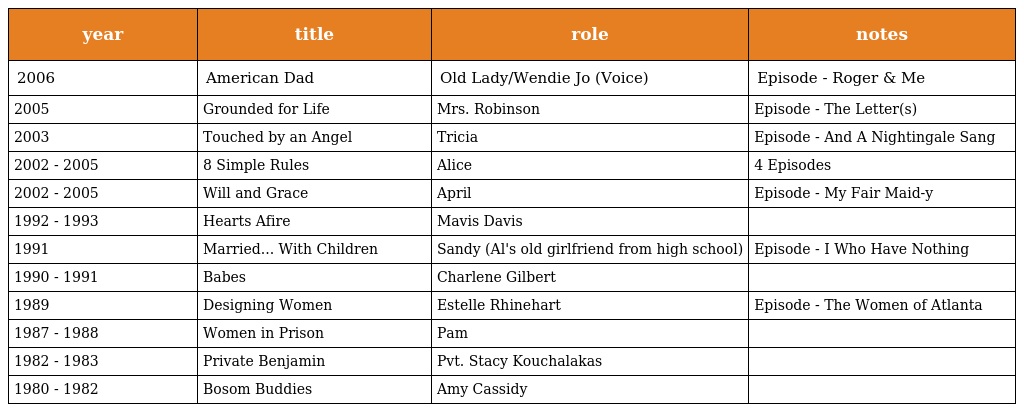
| year | title | role | notes |
 | --- | --- | --- | --- |
 | 2006 | American Dad | Old Lady/Wendie Jo (Voice) | Episode - Roger & Me |
 | 2005 | Grounded for Life | Mrs. Robinson | Episode - The Letter(s) |
 | 2003 | Touched by an Angel | Tricia | Episode - And A Nightingale Sang |
 | 2002 - 2005 | 8 Simple Rules | Alice | 4 Episodes |
 | 2002 - 2005 | Will and Grace | April | Episode - My Fair Maid-y |
 | 1992 - 1993 | Hearts Afire | Mavis Davis |  |
 | 1991 | Married... With Children | Sandy (Al's old girlfriend from high school) | Episode - I Who Have Nothing |
 | 1990 - 1991 | Babes | Charlene Gilbert |  |
 | 1989 | Designing Women | Estelle Rhinehart | Episode - The Women of Atlanta |
 | 1987 - 1988 | Women in Prison | Pam |  |
 | 1982 - 1983 | Private Benjamin | Pvt. Stacy Kouchalakas |  |
 | 1980 - 1982 | Bosom Buddies | Amy Cassidy |  |